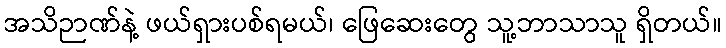
အသိဉာဏ်နဲ့ ဖယ်ရှားပစ်ရမယ်၊ ဖြေဆေးတွေ သူ့ဘာသာသူ ရှိတယ်။